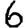
Digit: 6